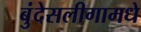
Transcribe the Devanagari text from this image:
बुंदेसलीगामधे